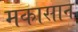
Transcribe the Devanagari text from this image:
मकासान